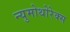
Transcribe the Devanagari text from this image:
न्युमोथोरेक्स